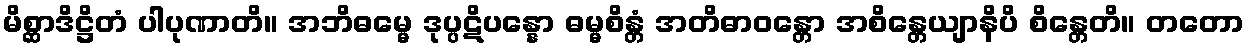
မိစ္ဆာဒိဋ္ဌိတံ ပါပုဏာတိ။ အဘိဓမ္မေ ဒုပ္ပဋိပန္နော ဓမ္မစိန္တံ အတိဓာဝန္တော အစိန္တေယျာနိပိ စိန္တေတိ။ တတော